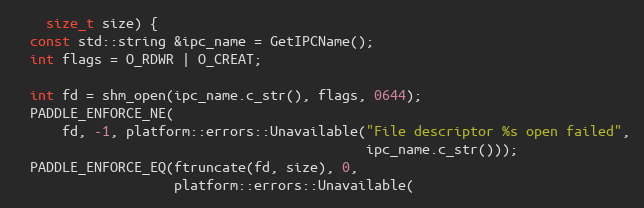
Language: C++
    size_t size) {
  const std::string &ipc_name = GetIPCName();
  int flags = O_RDWR | O_CREAT;

  int fd = shm_open(ipc_name.c_str(), flags, 0644);
  PADDLE_ENFORCE_NE(
      fd, -1, platform::errors::Unavailable("File descriptor %s open failed",
                                            ipc_name.c_str()));
  PADDLE_ENFORCE_EQ(ftruncate(fd, size), 0,
                    platform::errors::Unavailable(